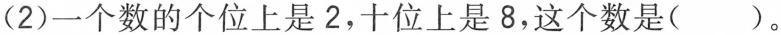
(2)一个数的个位上是2，十位上是8，这个数是()。